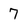
Character: 7